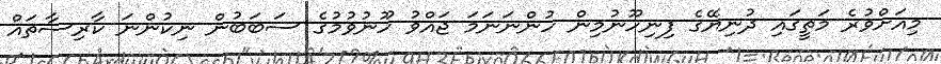
މިއަށްވުރެ މަތީގައި ދުނިޔޭގެ ފިނިހޫނުމިން ހުންނަނަމަ ޖައްވު ހޫނުވުމުގެ ސަބަބުން ނިކުންނަ ކާރިސާތައް